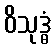
ဝိသုဒ္ဓံ